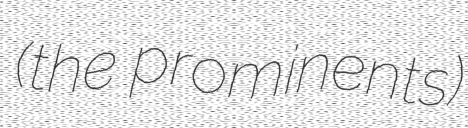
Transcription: (the prominents)